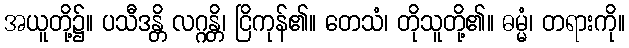
အယူတို့၌။ ပသီဒန္တိ လဂ္ဂန္တိ၊ ငြိကုန်၏။ တေသံ၊ တိုသူတို့၏။ ဓမ္မံ၊ တရားကို။